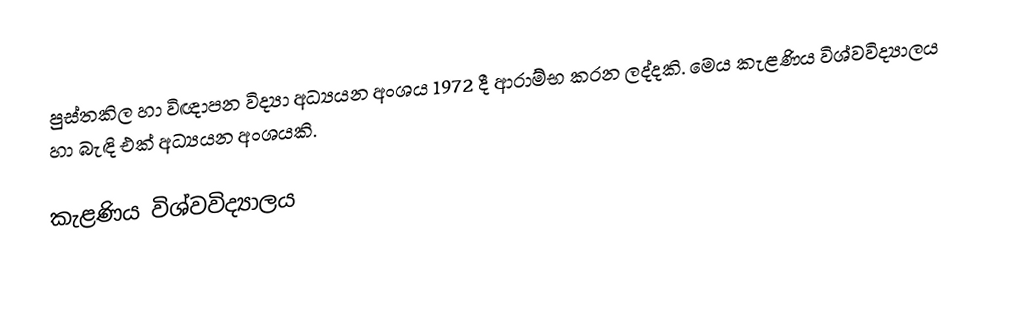
පුස්තකිල හා විඥාපන විද්‍යා අධ්‍යයන අංශය 1972 දී ආරාම්භ කරන ලද්දකි. මෙය කැළණිය විශ්වවිද්‍යාලය හා බැඳි එක් අධ්‍යයන අංශයකි.

කැළණිය විශ්වවිද්‍යාලය